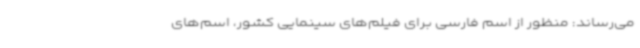
می‌رساند: منظور از اسم فارسی برای فیلم‌های سینمایی کشور، اسم‌های